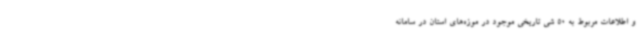
و اطلاعات مربوط به 50 شی تاریخی موجود در موزه‌های استان در سامانه